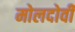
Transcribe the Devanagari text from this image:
मोलदोवी